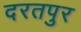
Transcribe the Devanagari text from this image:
दरतपुर